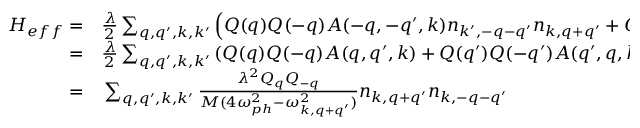
\begin{array} { r l } { H _ { e f f } = } & { { } \frac { \lambda } { 2 } \sum _ { q , q ^ { \prime } , k , k ^ { \prime } } \left( Q ( q ) Q ( - q ) A ( - q , - q ^ { \prime } , k ) n _ { k ^ { \prime } , - q - q ^ { \prime } } n _ { k , q + q ^ { \prime } } + Q ( q ^ { \prime } ) Q ( - q ^ { \prime } ) A ( - q ^ { \prime } , - q , k ) n _ { k ^ { \prime } , - q - q ^ { \prime } } n _ { k , q + q ^ { \prime } } \right) , } \\ { = } & { { } \frac { \lambda } { 2 } \sum _ { q , q ^ { \prime } , k , k ^ { \prime } } \left( Q ( q ) Q ( - q ) A ( q , q ^ { \prime } , k ) + Q ( q ^ { \prime } ) Q ( - q ^ { \prime } ) A ( q ^ { \prime } , q , k ) \right) n _ { k , q + q ^ { \prime } } n _ { k ^ { \prime } , - q - q ^ { \prime } } , } \\ { = } & { { } \sum _ { q , q ^ { \prime } , k , k ^ { \prime } } \frac { \lambda ^ { 2 } Q _ { q } Q _ { - q } } { M ( 4 \omega _ { p h } ^ { 2 } - \omega _ { k , q + q ^ { \prime } } ^ { 2 } ) } n _ { k , q + q ^ { \prime } } n _ { k , - q - q ^ { \prime } } } \end{array}